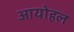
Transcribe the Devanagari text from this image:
आयोहल